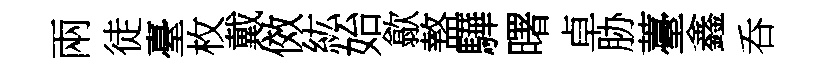
兩徒臺枚戴傚紘始歙盩驊曙卓胁薹鑫呑